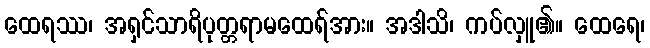
ထေရဿ၊ အရှင်သာရိပုတ္တရာမထေရ်အား။ အဒါသိ၊ ကပ်လှူ၏။ ထေရေ၊